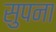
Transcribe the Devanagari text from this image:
सुपना